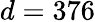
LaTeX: d=376